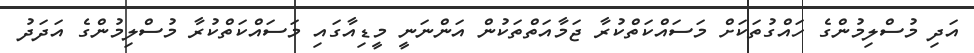
އަދި މުސްލިމުންގެ ހައްގުތަކަށް މަސައްކަތްކުރާ ޖަމާއަތްތަކުން އަންނަނީ މީޑިއާގައި މަސައްކަތްކުރާ މުސްލިމުންގެ އަދަދު